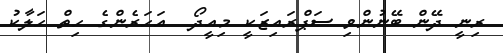
ރިނީ ދޭން ބޭނުންވި ސަޕްރައިޒަކީ މިއީދޯ  އަހަރެންގެ ހިތް ހަލާކު